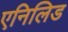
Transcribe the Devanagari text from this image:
एनिलिड